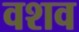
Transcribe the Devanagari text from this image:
वशव